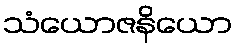
သံယောဇနိယော